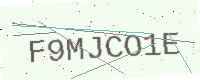
Text: F9MJCO1E